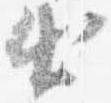
出